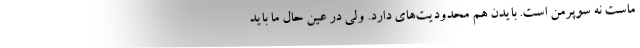
ماست نه سوپرمن است. بایدن هم محدودیت‌های دارد. ولی در عین حال ما باید